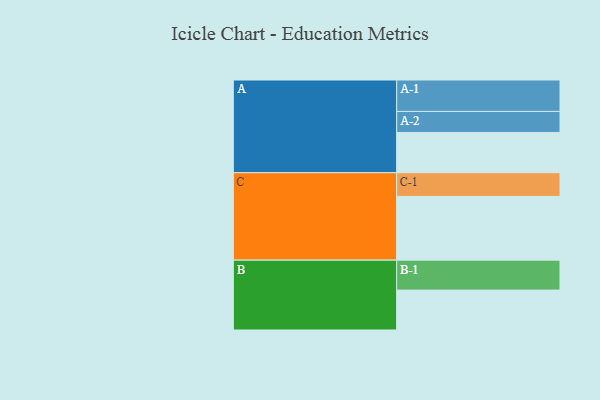
{"axis": {"x": "Segment", "y": "Value"}, "legend": ["", "A", "B", "C"], "data": [{"x": "A", "y": 333, "type": ""}, {"x": "B", "y": 330, "type": ""}, {"x": "C", "y": 527, "type": ""}, {"x": "A-1", "y": 260, "type": "A"}, {"x": "A-2", "y": 174, "type": "A"}, {"x": "B-1", "y": 248, "type": "B"}, {"x": "C-1", "y": 196, "type": "C"}]}